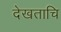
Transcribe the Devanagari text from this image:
देखताचि